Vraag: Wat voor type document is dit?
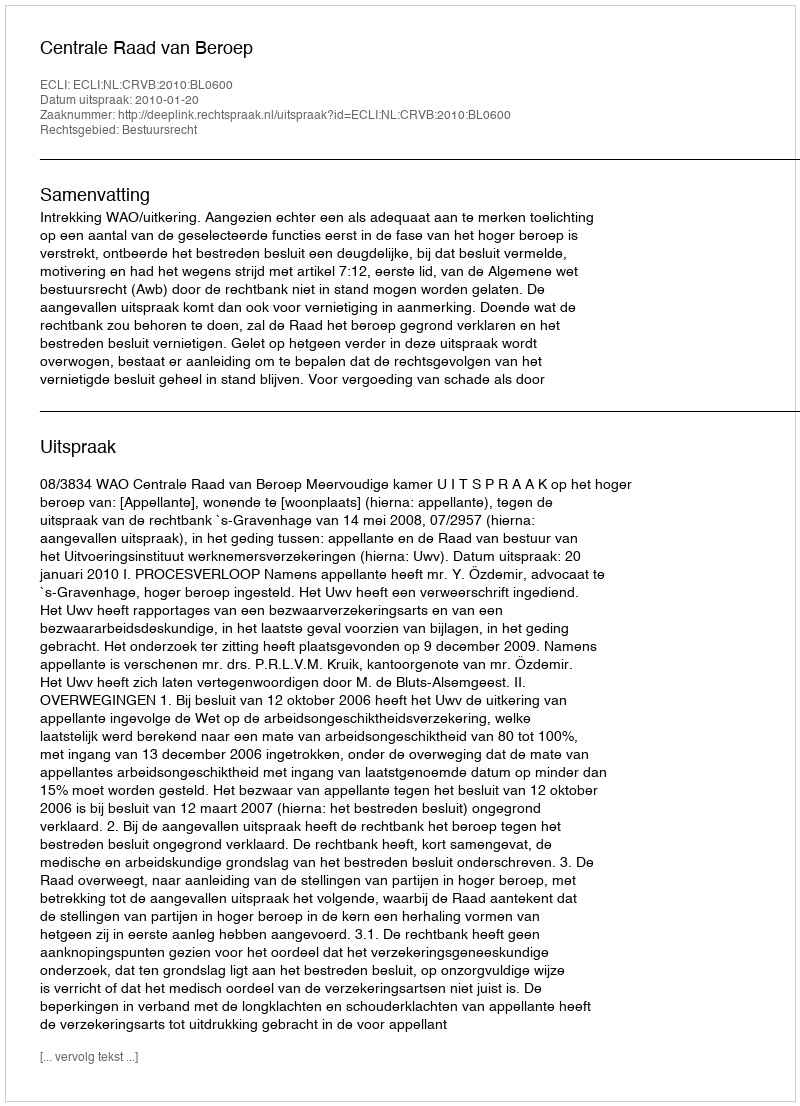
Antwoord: Uitspraak